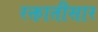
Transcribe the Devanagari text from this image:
रक्तातीसार